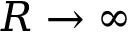
R \rightarrow \infty